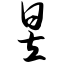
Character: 昱